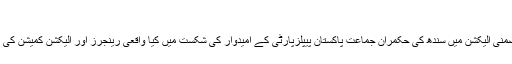
شکست کے اسباب
پی ایس-11 لاڑکانہ کے ضمنی الیکشن میں سندھ کی حکمران جماعت پاکستان پیپلزپارٹی کے امیدوار کی شکست میں کیا واقعی رینجرز اور الیکشن کمیشن کی مبینہ جانبداری کا ہاتھ ہے؟